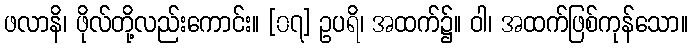
ဖလာနိ၊ ဖိုလ်တို့လည်းကောင်း။ [၀၇] ဥပရိ၊ အထက်၌။ ဝါ၊ အထက်ဖြစ်ကုန်သော။